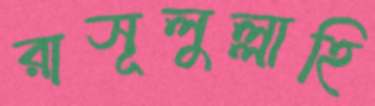
রাসূলুল্লাহি